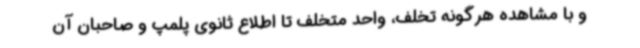
و با مشاهده هرگونه تخلف، واحد متخلف تا اطلاع ثانوی پلمپ و صاحبان آن